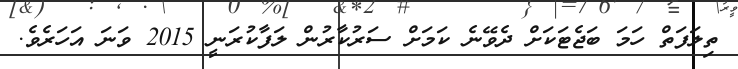
ތިލަފަތް ހަމަ ބަޖެޓަކަށް ދެވޭނެ ކަމަށް ސަރުކާރުން ލަފާކުރަނީ 2015 ވަނަ އަހަރެވެ.